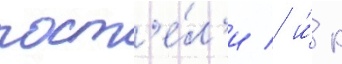
пост'е́л'и / и́ к